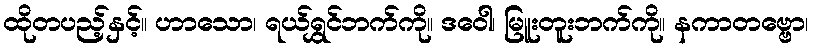
ထိုတပည့်နှင့်။ ဟာသော၊ ရယ်ရွှင်ဘက်ကို။ ဒဝေါ၊ မြူးတူးဘက်ကို။ နကာတဗ္ဗော၊